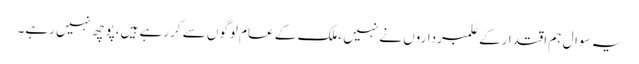
یہ سوال ہم اقتدارکے علمبرداروں نے نہیں ،ملک کے عام لوگوں سے کررہے ہیں،پوچھ نہیں رہے۔